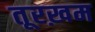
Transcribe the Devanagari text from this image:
तूरख़म